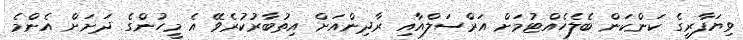
ވިޔަފާރީގެ ކަންކަން ބެލެހެއްޓުމަށް އަރްސަލްއާއި ރާދިންއަށް އިތުބާރުކުރެވޭ އެ މީހުންގެ ދަށަށް އެންމެ